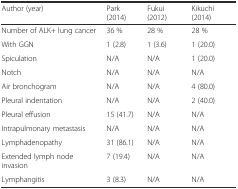
| Author (year) | Park (2014) | Fukui (2012) | Kikuchi (2014) |
 | --- | --- | --- | --- |
 | Number of ALK+ lung cancer | 36 % | 28 % | 28 % |
 | With GGN | 1 (2.8) | 1 (3.6) | 1 (20.0) |
 | Spiculation | N/A | N/A | 1 (20.0) |
 | Notch | N/A | N/A | N/A |
 | Air bronchogram | N/A | N/A | 4 (80.0) |
 | Pleural indentation | N/A | N/A | 2 (40.0) |
 | Pleural effusion | 15 (41.7) | N/A | N/A |
 | Intrapulmonary metastasis | N/A | N/A | N/A |
 | Lymphadenopathy | 31 (86.1) | N/A | N/A |
 | Extended lymph node invasion | 7 (19.4) | N/A | N/A |
 | Lymphangitis | 3 (8.3) | N/A | N/A |